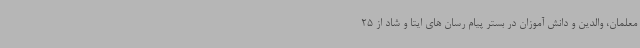
معلمان، والدین و دانش آموزان در بستر پیام رسان های ایتا و شاد از 25